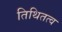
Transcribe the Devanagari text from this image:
तिथितत्व